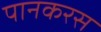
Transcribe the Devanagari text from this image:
पानकरस